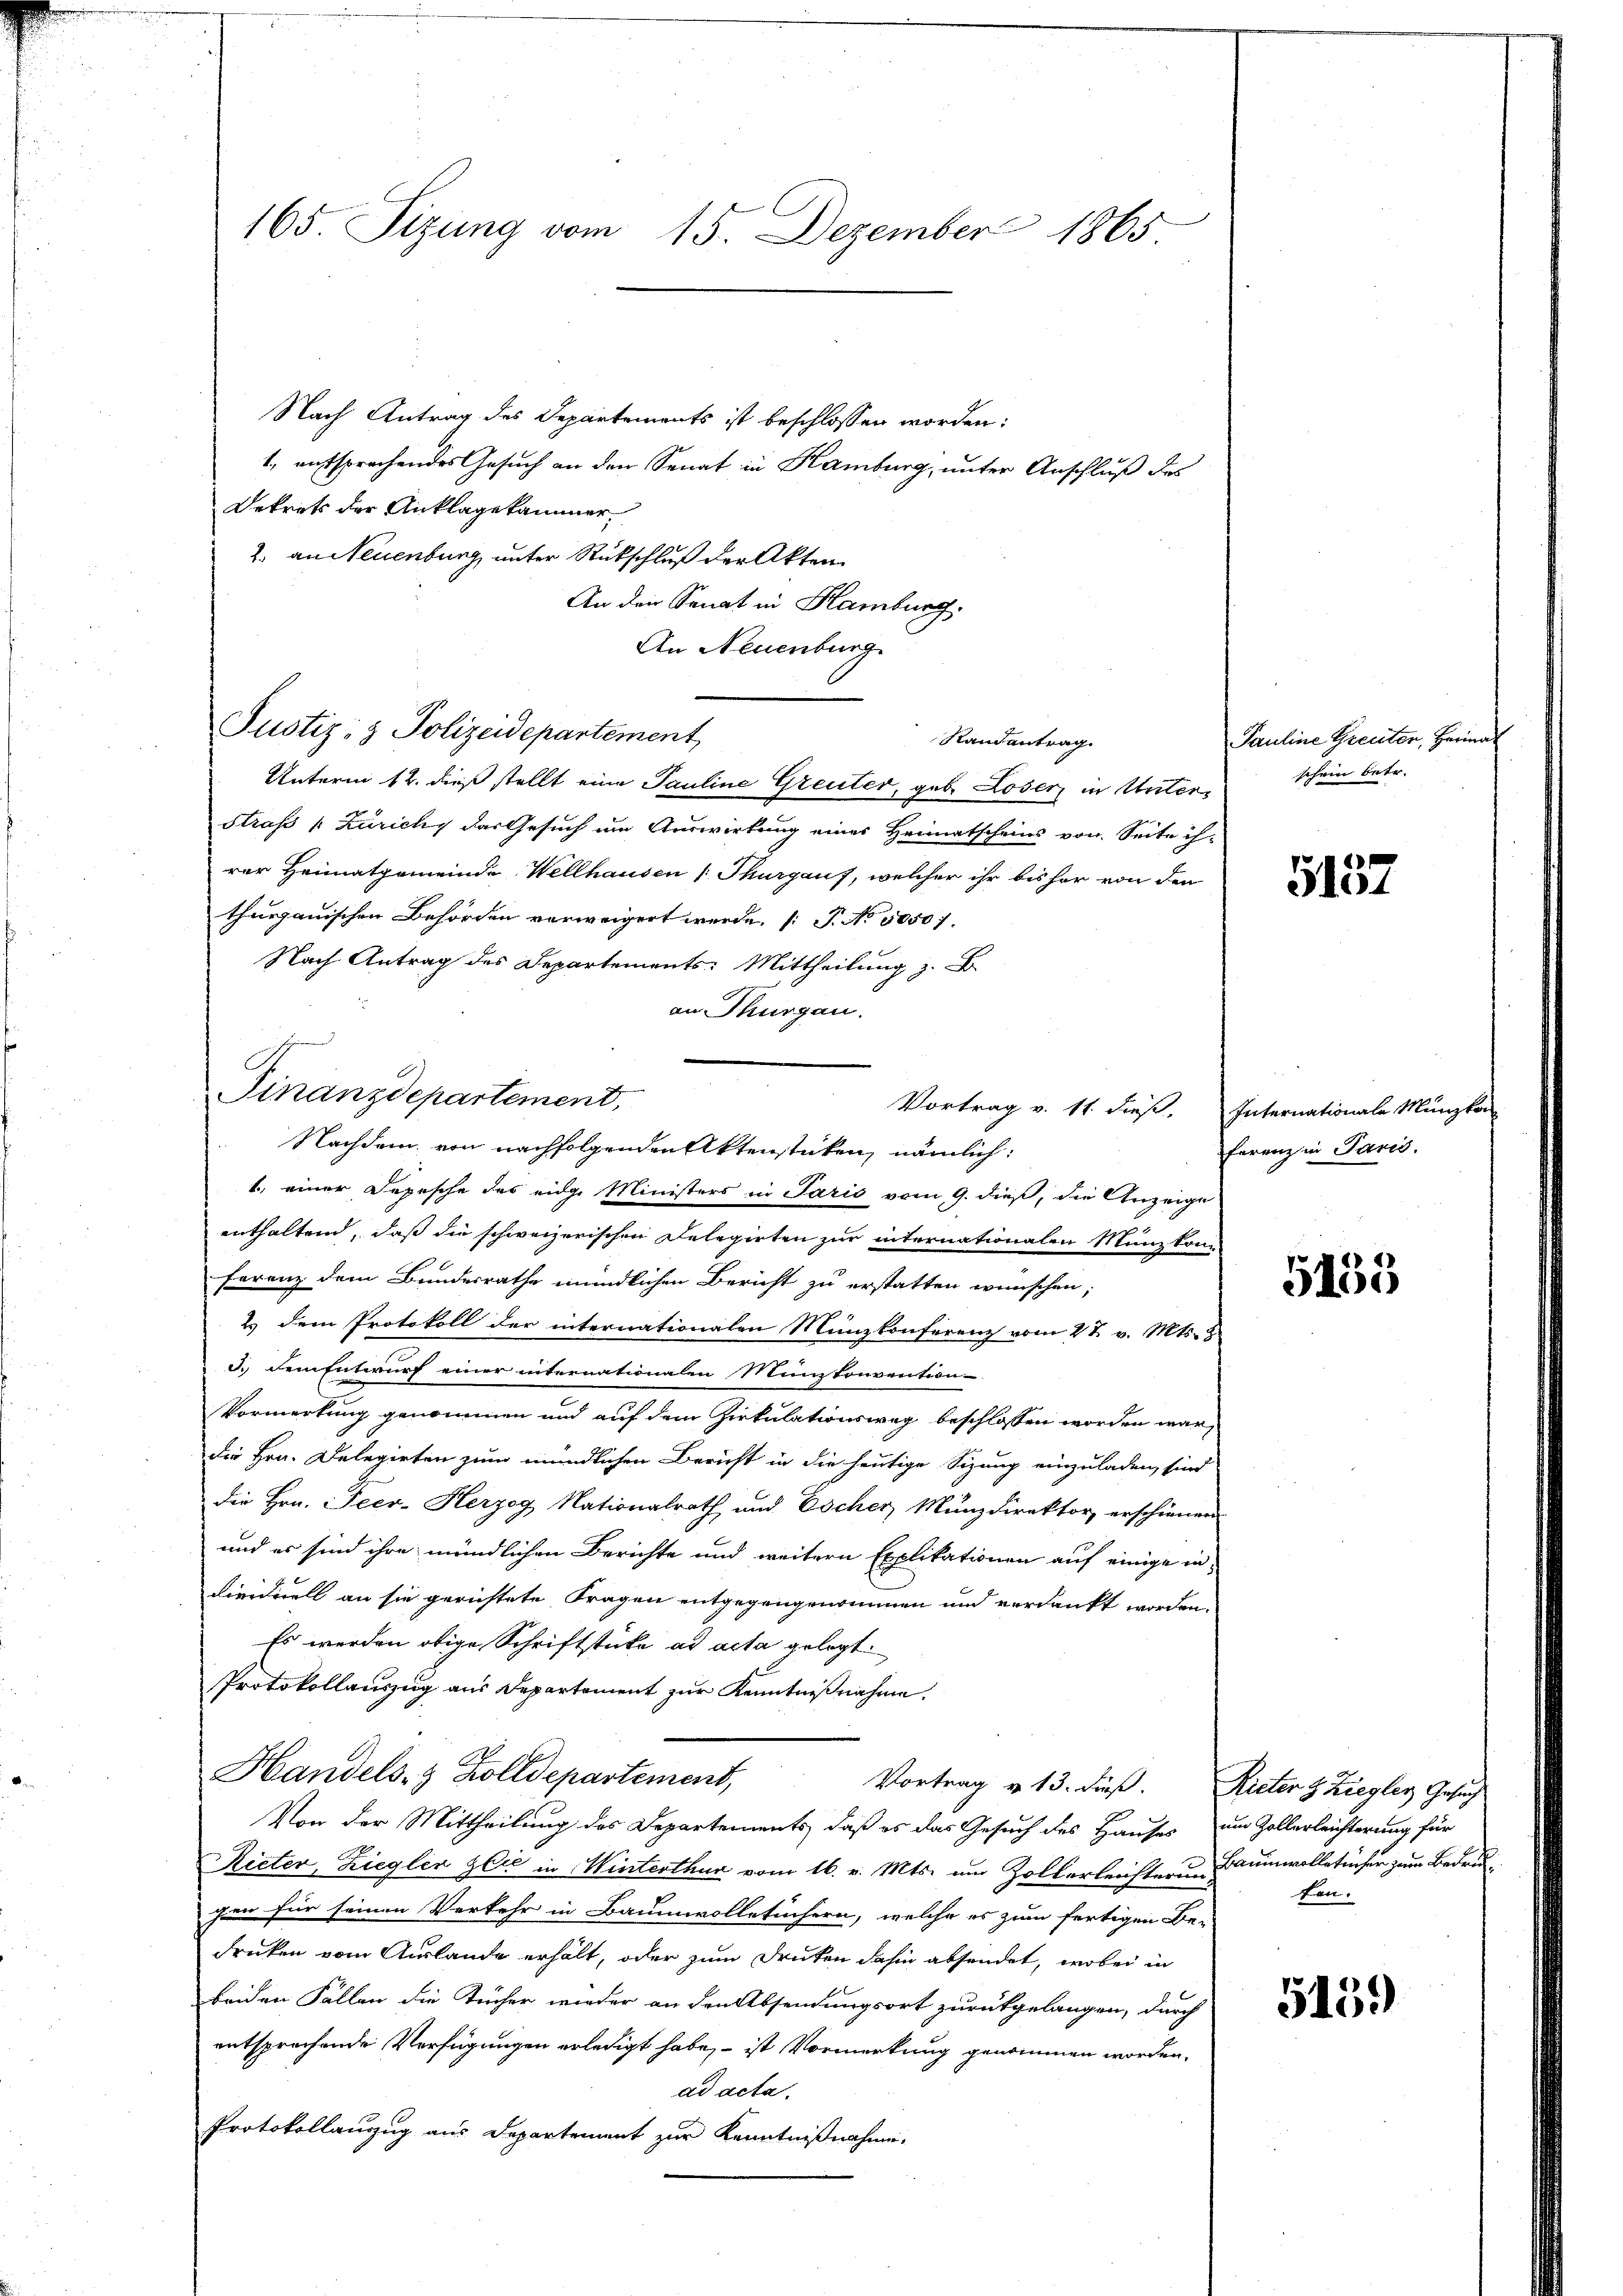
165. Sizung vom 15. Dezember 1865.

Nach Antrag des Departements ist beschlossen worden:
1, entsprechendes Gesuch an den Senat in Hamburg, unter Anschluß des
Dekrets der Anklagekammer
2. an Neuenburg unter Rückschluß der Akten
An der Senat in Hamburg.
An Neuenburg
Justiz- & Polizeidepartement,
Randantrag.
Unterm 12. dieß stellt eine Pauline Greuter, geb. Loser in Unter¬
Straß [Zürichy das Gesuch um Auswirkung eines Heimatscheins von Seite ihrer Heimatgemeinde Wellhausen Thurgauf, welcher ihr bisher von den
thurgauischen Behörden verweigert werde. (T. No. 50501.
Nach Antrag des Departements-Mittheilung z. B
an Thurgau.
Vortrag v. 11. dieß. Internationale Münzko
1., einer Depesche des eidge Ministers in Paris vom 9. dieß, die Anzeige
enthalten, daß die schweizerischen Delegirten zur internationalen Münzkon-
Ferenz dem Bundesrathe mündlichen Bericht zu erstatten wünschen;
2.) Dem Protokoll der internationalen Münzkonferenz vom 27. v. Mts. 8
d. Dem Entwurf einer internationalen Münzkonvention
Vormerkung genommen und auf dem Zirkulationsweg beschlossen worden war,
die Hrn. Delegirten zum mündlichen Bericht in die heutige Sizung einzuladen, sind
die Hrn. Peco-Herzog Nationalrath und Escher, Münzdirektor erschienen
und es sind ihre mündlichen Berichte und weitern Explikationen auf einige individuell an sie gerichtete Fragen entgegengenommen und verdankt worden.
Es werden obige Schriftstücke ad acta gelegt.
Protokollauszug aus Departement zur Kenntnißnahme.
Handels- & Zolldepartement,
Vortrag u. 13. dieß. Rieter & Ziegler Gesuch
Von der Mittheilung des Departements, daß es das Gesuch des Hauses um Zollerleichterung für
Rieter, Zieglen gli in Winterthur vom 16. v. Mts. um Zollerleichtern Baumwolletücher zum Bedruc
gen für seinen Verkehr in Baumwolletüchern, welche es zum fertigen Be-
drüken vom Auslande erhält, oder zum Druken dahin absendet, wobei in
beiden Fällen die Tücher wieder an den Absendungsort zurückgelangen, durch
entsprechende Verfügungen erledigt habe, – ist Vormerkung genommen worden.
ad acta.
Protokollanzug aus Departement zur Kenntnißnahme.

Finanzdepartement,
Nachdem von nachfolgenden Aktenstücken, nämlich:

Pauline Greuter, Herina
schein betr.

5157

ferenz in Panić.

5135

fen.

5139)